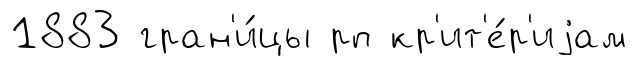
1883 гран'и́цы рп кр'ит'е́р'иjам